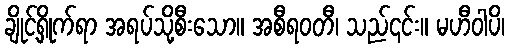
ချိုင့်ရှိုက်ရာ အရပ်သို့စီးသော။ အစီရဝတီ၊ သည်၎င်း။ မဟီဝါပိ၊